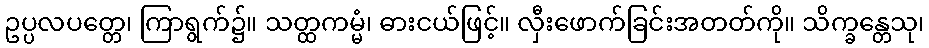
ဥပ္ပလပတ္တေ၊ ကြာရွက်၌။ သတ္ထကမ္မံ၊ ဓားငယ်ဖြင့်။ လှီးဖောက်ခြင်းအတတ်ကို။ သိက္ခန္တေသု၊